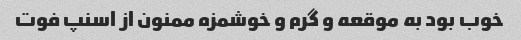
خوب بود به موقعه و گرم و خوشمزه ممنون از اسنپ فوت